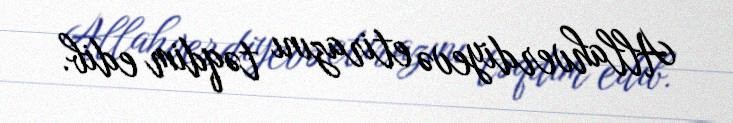
Allahverdiyevə etirazını təqdim edib.